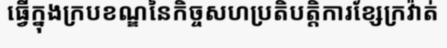
ធ្វើក្នុងក្របខណ្ឌនៃកិច្ចសហប្រតិបត្តិការខ្សែក្រវ៉ាត់